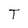
Character: T